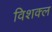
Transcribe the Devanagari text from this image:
विशक्ल